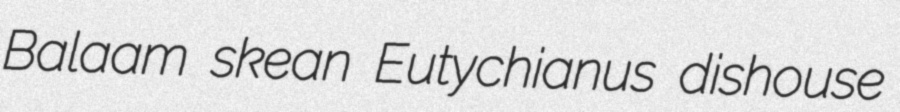
Balaam skean Eutychianus dishouse